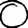
Digit: 0